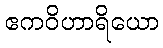
ဧကဝိဟာရိယော